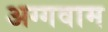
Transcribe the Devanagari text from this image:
अग्गवाम